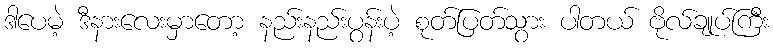
ဒါပေမဲ့ ဒီနားလေးမှာတော့ နည်းနည်းပွန်းပဲ့ စုတ်ပြတ်သွား ပါတယ် ဗိုလ်ချုပ်ကြီး